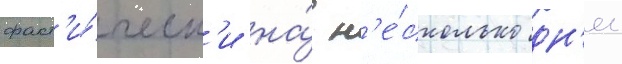
факт'и́ческ'и на́ н'е́сколько дн'еи